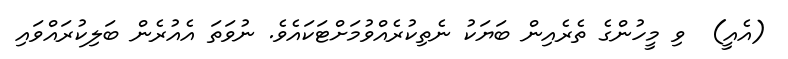
(އެއީ)  ވި މީހުންގެ ތެރެއިން ބަޔަކު ނެތިކުރެއްވުމަށްޓަކައެވެ. ނުވަތަ އެއުރެން ބަލިކުރައްވައި